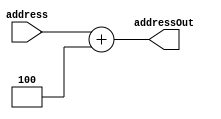
module PC_4(address,addressOut);
	input [31:0] address;
	output [31:0] addressOut;
	assign addressOut = address + 32'd4;
endmodule